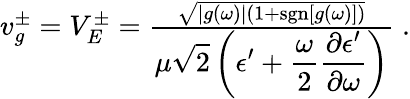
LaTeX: \begin{array}{r}{v_{g}^{\pm}=V_{E}^{\pm}=\frac{\sqrt{|g(\omega)|\left(1+\mathrm{sgn}[g(\omega)]\right)}}{\displaystyle\mu\sqrt{2}\left(\epsilon^{\prime}+\frac{\omega}{2}\frac{\partial\epsilon^{\prime}}{\partial\omega}\right)}\; .}\end{array}